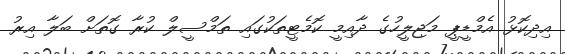
އިދިކޮޅު އެމްޑީޕީ މަޖިލީހުގެ ދާއިމީ ކޮމެޓީތަކުގައި ތަމްސީލް ކުރާ ގޮތަށް ބަލާ އިރު